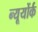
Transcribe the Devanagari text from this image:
न्यूयोंर्क